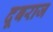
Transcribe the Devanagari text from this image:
दूबराज